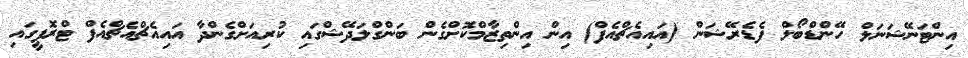
އިންޓަނޭޝަނަލް ހޭންޑްބޯލް ފެޑެރޭޝަން (އައިއެޗްއެފް) އިން އިންތިޒާމްކޮށްގެން ބަންގްލަދޭޝްގައި ކުރިއަށްގެންދާ އައިއެޗްއެޗްއެފް ޓްރޮފީގައި